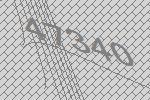
47340